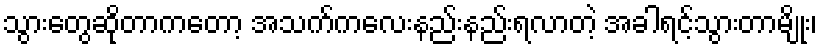
သွားတွေဆိုတာကတော့ အသက်ကလေးနည်းနည်းရလာတဲ့ အခါရင့်သွားတာမျိုး၊